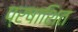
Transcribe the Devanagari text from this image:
प्रषाशित